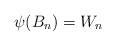
LaTeX: \begin{align*}\psi(B_n)=W_n\end{align*}